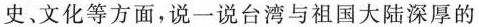
史、文化等方面，说一说台湾与祖国大陆深厚的